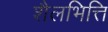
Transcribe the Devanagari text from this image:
शैलभित्ति